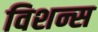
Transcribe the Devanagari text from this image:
विशन्स